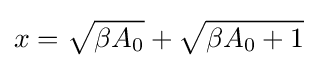
x={\sqrt {\beta A_{0}}}+{\sqrt {\beta A_{0}+1}}